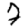
Digit: 7